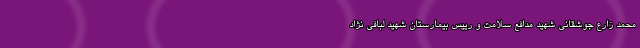
محمد زارع جوشقانی شهید مدافع سلامت و رییس بیمارستان شهید لبافی نژاد